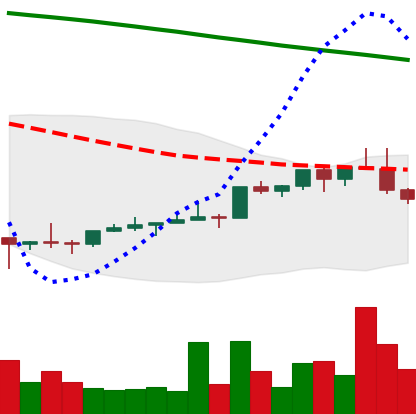
Ticker: NEO-USD
Chart end date: 2022-02-12
Forward return: 9.938%
Label: up_7plus